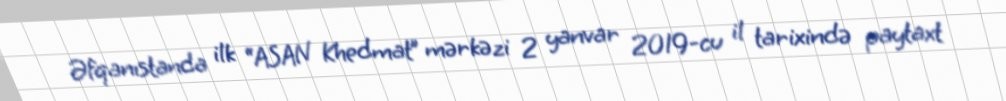
Əfqanıstanda ilk “ASAN Khedmat” mərkəzi 2 yanvar 2019-cu il tarixində paytaxt